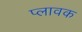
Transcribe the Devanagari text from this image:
प्लावक